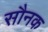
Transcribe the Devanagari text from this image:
सौनक